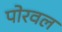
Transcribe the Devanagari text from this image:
पोरवल